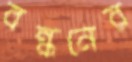
বন্ধনের